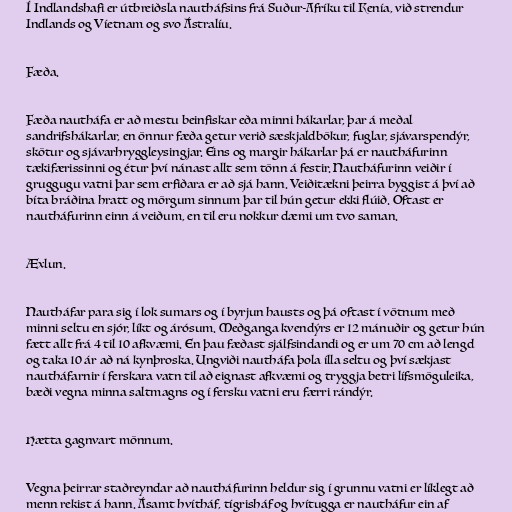
Í Indlandshafi er útbreiðsla nautháfsins frá Suður-Afríku til Kenía, við strendur
Indlands og Víetnam og svo Ástralíu.

Fæða.

Fæða nautháfa er að mestu beinfiskar eða minni hákarlar, þar á meðal
sandrifshákarlar, en önnur fæða getur verið sæskjaldbökur, fuglar, sjávarspendýr,
skötur og sjávarhryggleysingjar. Eins og margir hákarlar þá er nautháfurinn
tækifærissinni og étur því nánast allt sem tönn á festir. Nautháfurinn veiðir í
gruggugu vatni þar sem erfiðara er að sjá hann. Veiðitækni þeirra byggist á því að
bíta bráðina hratt og mörgum sinnum þar til hún getur ekki flúið. Oftast er
nautháfurinn einn á veiðum, en til eru nokkur dæmi um tvo saman.

Æxlun.

Nautháfar para sig í lok sumars og í byrjun hausts og þá oftast í vötnum með
minni seltu en sjór, líkt og árósum. Meðganga kvendýrs er 12 mánuðir og getur hún
fætt allt frá 4 til 10 afkvæmi. En þau fæðast sjálfsindandi og er um 70 cm að lengd
og taka 10 ár að ná kynþroska. Ungviði nautháfa þola ílla seltu og því sækjast
nautháfarnir í ferskara vatn til að eignast afkvæmi og tryggja betri lífsmöguleika,
bæði vegna minna saltmagns og í fersku vatni eru færri rándýr.

Hætta gagnvart mönnum.

Vegna þeirrar staðreyndar að nautháfurinn heldur sig í grunnu vatni er líklegt að
menn rekist á hann. Ásamt hvítháf, tígrisháf og hvítugga er nautháfur ein af